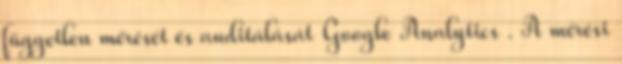
független mérését és auditálását Google Analytics . A mérési